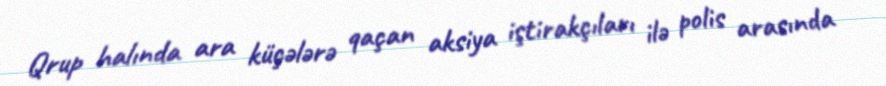
Qrup halında ara küçələrə qaçan aksiya iştirakçıları ilə polis arasında